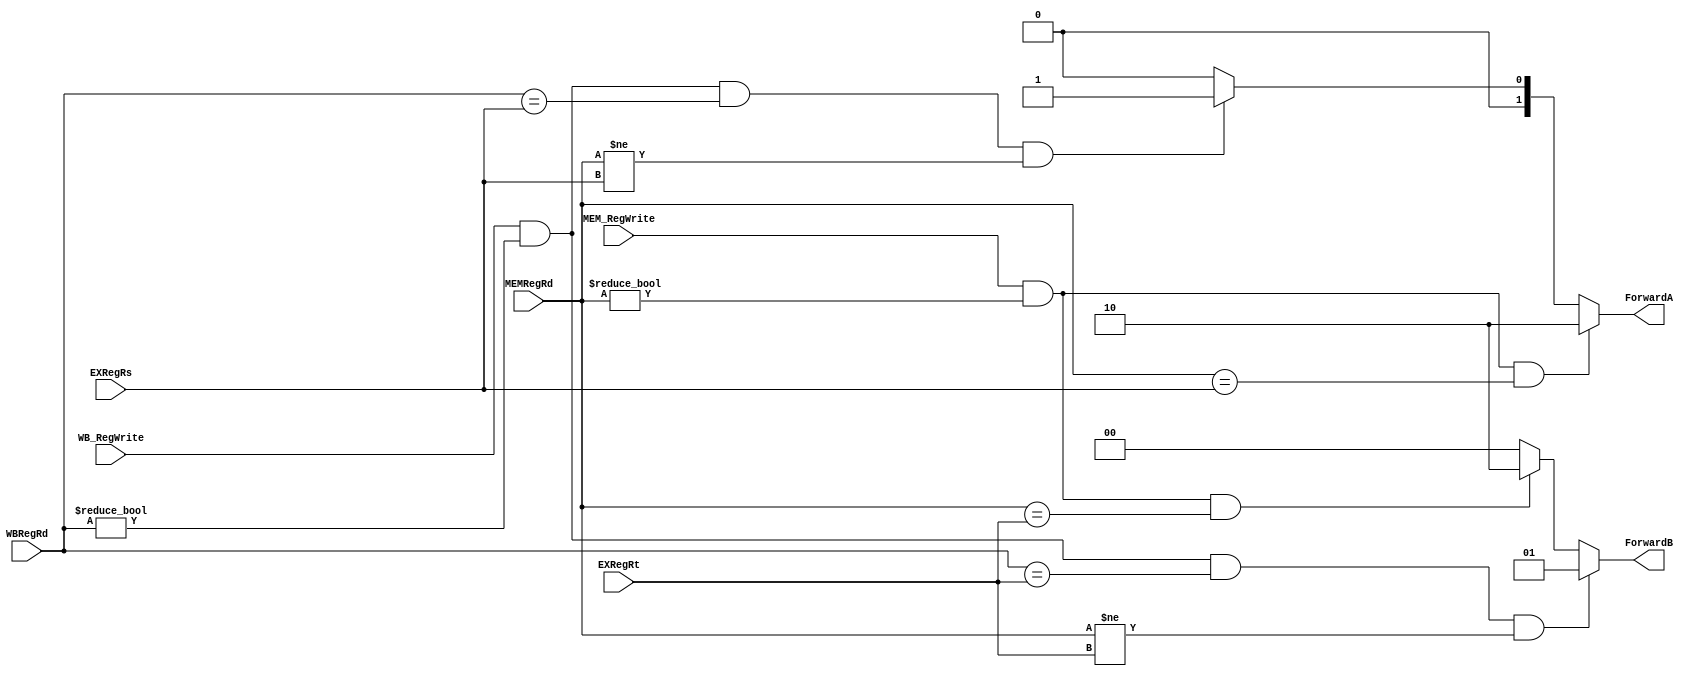
module ForwardUnit(MEMRegRd,WBRegRd,EXRegRs,EXRegRt, MEM_RegWrite, WB_RegWrite, ForwardA, ForwardB);
input[4:0] MEMRegRd,WBRegRd,EXRegRs,EXRegRt;
input MEM_RegWrite, WB_RegWrite;
output[1:0] ForwardA, ForwardB;
reg[1:0] ForwardA, ForwardB;

//Forward A
always@(MEM_RegWrite or MEMRegRd or EXRegRs or WB_RegWrite or WBRegRd)
begin
	if((MEM_RegWrite)&&(MEMRegRd != 0)&&(MEMRegRd == EXRegRs))
		ForwardA = 2'b10;
	else if((WB_RegWrite)&&(WBRegRd != 0)&&(WBRegRd == EXRegRs)&&(MEMRegRd != EXRegRs) )
		ForwardA = 2'b01;
	else
		ForwardA = 2'b00;
end
//Forward B
always@(WB_RegWrite or WBRegRd or EXRegRt or MEMRegRd or MEM_RegWrite)
begin
	if((WB_RegWrite)&&(WBRegRd != 0)&&(WBRegRd == EXRegRt)&&(MEMRegRd != EXRegRt) )
		ForwardB = 2'b01;
	else if((MEM_RegWrite)&&(MEMRegRd != 0)&&(MEMRegRd == EXRegRt))
		ForwardB = 2'b10;
	else
		ForwardB = 2'b00;
end

endmodule